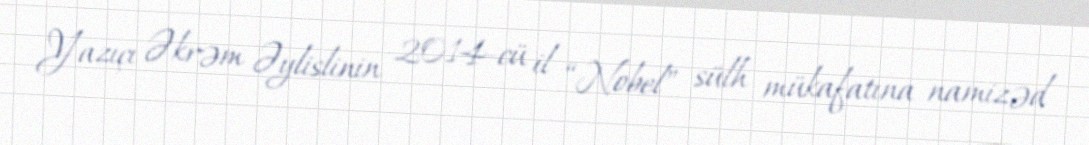
Yazıçı Əkrəm Əylislinin 2014-cü il “Nobel” sülh mükafatına namizəd